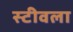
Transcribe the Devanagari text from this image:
स्टीवला